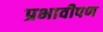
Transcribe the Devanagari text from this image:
प्रभावीपण